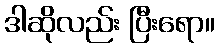
ဒါဆိုလည်း ပြီးရော။